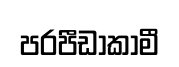
පරපීඩාකාමී